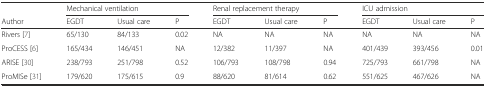
<table><thead><tr><td></td><td colspan="3"><b>Mechanical ventilation</b></td><td colspan="3"><b>Renal replacement therapy</b></td><td colspan="3"><b>ICU admission</b></td></tr><tr><td><b>Author</b></td><td><b>EGDT</b></td><td><b>Usual care</b></td><td><b>P</b></td><td><b>EGDT</b></td><td><b>Usual care</b></td><td><b>P</b></td><td><b>EGDT</b></td><td><b>Usual care</b></td><td><b>P</b></td></tr></thead><tbody><tr><td>Rivers [7]</td><td>65/130</td><td>84/133</td><td>0.02</td><td>NA</td><td>NA</td><td>NA</td><td>NA</td><td>NA</td><td>NA</td></tr><tr><td>ProCESS [6]</td><td>165/434</td><td>146/451</td><td>NA</td><td>12/382</td><td>11/397</td><td>NA</td><td>401/439</td><td>393/456</td><td>0.01</td></tr><tr><td>ARISE [30]</td><td>238/793</td><td>251/798</td><td>0.52</td><td>106/793</td><td>108/798</td><td>0.94</td><td>725/793</td><td>661/798</td><td>NA</td></tr><tr><td>ProMISe [31]</td><td>179/620</td><td>175/615</td><td>0.9</td><td>88/620</td><td>81/614</td><td>0.62</td><td>551/625</td><td>467/626</td><td>NA</td></tr></tbody></table>